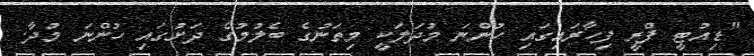
"ޑިއުޓީ ފްރީ ފިހާރައިގައި ހުންނަ މުދަލަކީ މިތަނުގެ ބެލުމުގެ ދަށުގައި ހުންނަ މުދާ.